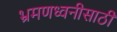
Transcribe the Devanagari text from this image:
भ्रमणध्वनीसाठी